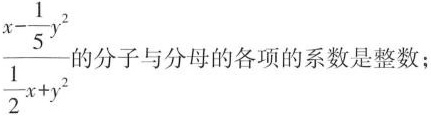
\frac{x- \frac{1}{5}y^{2}}{\frac{1}{2}x+y^{2}} 的分子与分母的各项的系数是整数；